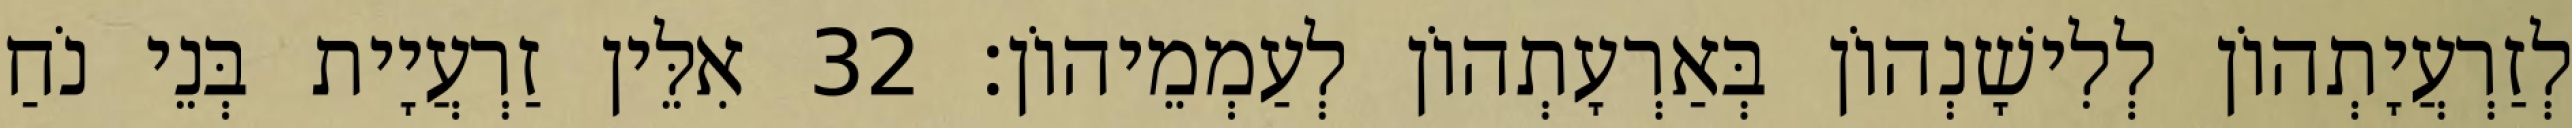
לְזַרְעֲיָתְהוֹן לְלִישָׁנְהוֹן בְּאַרְעָתְהוֹן לְעַמְמֵיהוֹן׃ 32 אִלֵּין זַרְעֲיָית בְּנֵי נֹחַ